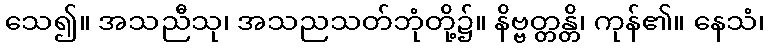
သေ၍။ အသညီသု၊ အသညသတ်ဘုံတို့၌။ နိဗ္ဗတ္တန္တိ၊ ကုန်၏။ နေသံ၊